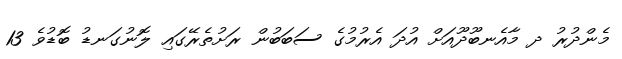
މެންދުުރު ދ މާއެނބޫދޫއަށް އުދަ އެރުމުގެ ސަބަބުން ރަށުތެރޭގައި ލޮނުގަނޑު ބޮޑުވެ 13